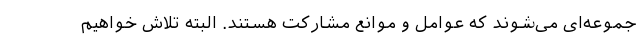
جموعه‌ای می‌شوند که عوامل و موانع مشارکت هستند. البته تلاش خواهیم